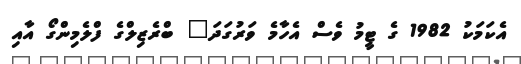
އެކަމަކު 1982 ގެ ޓީމު ވެސް އެހާމެ ވަރުގަދަ" ބްރެޒިލްގެ ފްލެމިންގޯ އާއި